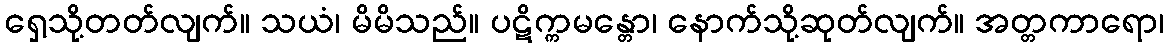
ရှေ့သို့တတ်လျက်။ သယံ၊ မိမိသည်။ ပဋိက္ကမန္တော၊ နောက်သို့ဆုတ်လျက်။ အတ္တကာရော၊